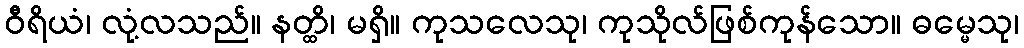
ဝီရိယံ၊ လုံ့လသည်။ နတ္ထိ၊ မရှိ။ ကုသလေသု၊ ကုသိုလ်ဖြစ်ကုန်သော။ ဓမ္မေသု၊